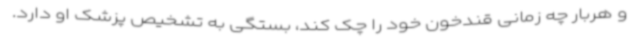
و هربار چه زمانی قندخون خود را چک کند، بستگی به تشخیص پزشک او دارد.